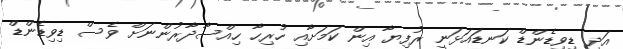
އަދި ޑިވިޑެންޑް ކަނޑައަޅަނީ ރުފިޔާ އިން ކަމަށާއި ހުރިހާ ހިއްސާދާރުންނަށް ވެސް ޑިވިޑެންޑް